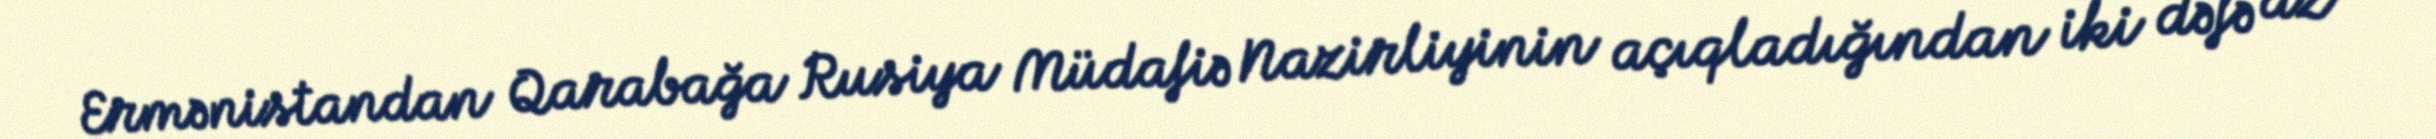
Ermənistandan Qarabağa Rusiya Müdafiə Nazirliyinin açıqladığından iki dəfə az -